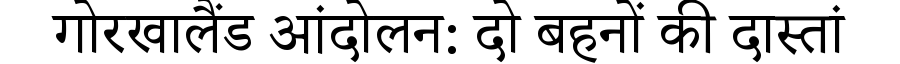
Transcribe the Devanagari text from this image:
गोरखालैंड आंदोलन: दो बहनों की दास्तां